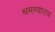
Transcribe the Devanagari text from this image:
श्रमण्यातच